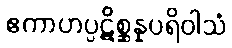
ဧကာဟပ္ပဋိစ္ဆန္နပရိဝါသံ